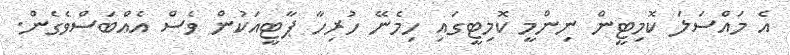
އެ މައްސަލަ ކޮމިޓީން ނިންމީ ކޮމިޓީގައި ހިމެނޭ ހުރިހާ ޕާޓީއަކުން ވެސް އެއްބަސްވެގެން.